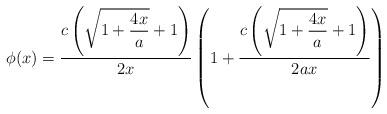
LaTeX: \begin{align*}\phi(x)=\frac{\displaystyle c\left(\sqrt{1+\frac{4x}{a}}+1\right)}{\displaystyle 2x}\left(1+\frac{\displaystyle c\left(\sqrt{1+\frac{4x}{a}}+1\right)}{\displaystyle 2ax}\right)\end{align*}